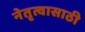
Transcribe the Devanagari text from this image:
नेतृत्वासाठी